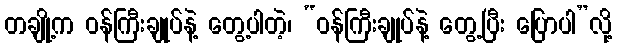
တချို့က ဝန်ကြီးချုပ်နဲ့ တွေ့ပါတဲ့၊ “ဝန်ကြီးချုပ်နဲ့ တွေ့ပြီး ပြောပါ”လို့